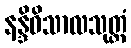
နန္ဒိဝိသာလသုတ္တံ